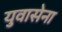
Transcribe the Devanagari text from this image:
युवासेना